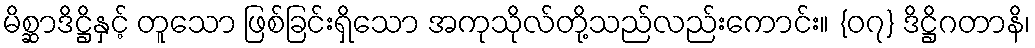
မိစ္ဆာဒိဋ္ဌိနှင့် တူသော ဖြစ်ခြင်းရှိသော အကုသိုလ်တို့သည်လည်းကောင်း။ {၀၇} ဒိဋ္ဌိဂတာနိ၊